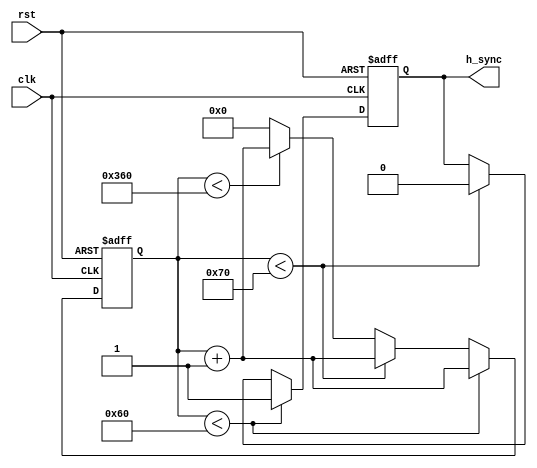
module h_sync(
    input wire clk,
    input wire rst,
    output reg h_sync
);

reg [10:0] h_counter;

always @(posedge clk or posedge rst) begin
    if (rst) begin
        h_counter <= 0;
        h_sync <= 0;
    end else begin
        if (h_counter < 96) begin
            h_sync <= 1;
            h_counter <= h_counter + 1;
        end else if (h_counter < 112) begin
            h_sync <= 0;
            h_counter <= h_counter + 1;
        end else if (h_counter < 864) begin
            h_counter <= h_counter + 1;
        end else begin
            h_counter <= 0;
        end
    end
end

endmodule